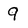
Character: 9